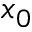
x _ { 0 }